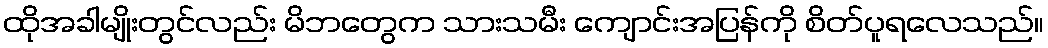
ထိုအခါမျိုးတွင်လည်း မိဘတွေက သားသမီး ကျောင်းအပြန်ကို စိတ်ပူရလေသည်။